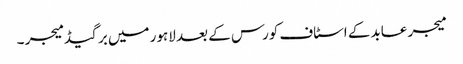
میجر عابد کے اسٹاف کورس کے بعد لاہور میں برگیڈ میجر ۔